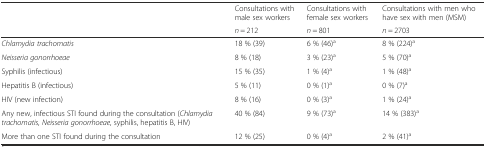
<table><thead><tr><td>[EMPTY_CELL]</td><td><b>Consultations with male sex workers</b></td><td><b>Consultations with female sex workers</b></td><td><b>Consultations with men who have sex with men (MSM)</b></td></tr><tr><td>[EMPTY_CELL]</td><td><b><i>n</i> = 212</b></td><td><b><i>n</i> = 801</b></td><td><b><i>n</i> = 2703</b></td></tr></thead><tbody><tr><td><i>Chlamydia trachomatis</i></td><td>18 % (39)</td><td>6 % (46)<sup>a</sup></td><td>8 % (224)<sup>a</sup></td></tr><tr><td><i>Neisseria gonorrhoeae</i></td><td>8 % (18)</td><td>3 % (23)<sup>a</sup></td><td>5 % (70)<sup>a</sup></td></tr><tr><td>Syphilis (infectious)</td><td>15 % (35)</td><td>1 % (4)<sup>a</sup></td><td>1 % (48)<sup>a</sup></td></tr><tr><td>Hepatitis B (infectious)</td><td>5 % (11)</td><td>0 % (1)<sup>a</sup></td><td>0 % (7)<sup>a</sup></td></tr><tr><td>HIV (new infection)</td><td>8 % (16)</td><td>0 % (3)<sup>a</sup></td><td>1 % (24)<sup>a</sup></td></tr><tr><td>Any new, infectious STI found during the consultation (<i>Chlamydia trachomatis, Neisseria gonorrhoeae</i>, syphilis, hepatitis B, HIV)</td><td>40 % (84)</td><td>9 % (73)<sup>a</sup></td><td>14 % (383)<sup>a</sup></td></tr><tr><td>More than one STI found during the consultation</td><td>12 % (25)</td><td>0 % (4)<sup>a</sup></td><td>2 % (41)<sup>a</sup></td></tr></tbody></table>